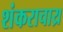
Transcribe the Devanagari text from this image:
शंकराचाय्र